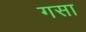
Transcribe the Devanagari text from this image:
गसा